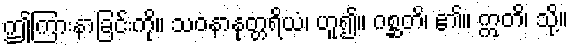
ဤကြားနာခြင်းကို။ သဝနာနုတ္တရိယံ၊ ဟူ၍။ ဂစ္ဆတိ၊ ၏။ ဣတိ၊ သို့။